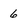
Character: 6